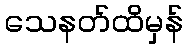
သေနတ်ထိမှန်